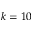
k = 1 0